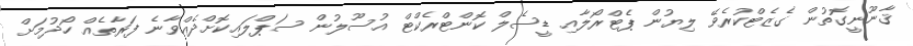
ޤާނޫނީގޮތުން ގެޒެޓްކުރެވޭ ލިޔުން ޕެޓްރޯލާއި ޑީސެލް ކޮންޓްރެކްޓް އުސޫލުން ސަޕްލައިކޮށްދެއްވާނެ ފަރާތެއް ހޯދުމަށް